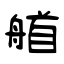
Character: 艏